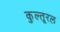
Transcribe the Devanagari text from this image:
कुल्तूरल